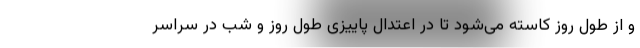
و از طول روز کاسته می‌شود تا در اعتدال پاییزی طول روز و شب در سراسر